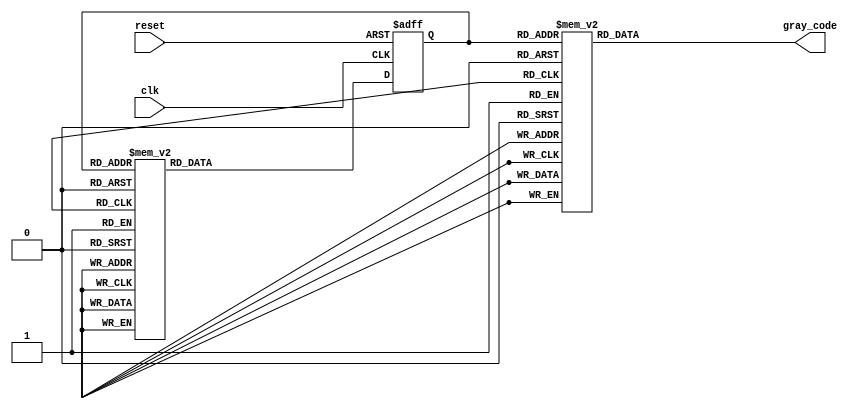
module JohnsonGrayCounter (
    input wire clk,
    input wire reset,
    output reg [3:0] gray_code
);

reg [3:0] state;

always @(posedge clk or posedge reset) begin
    if (reset)
        state <= 4'b0000;
    else begin
        case (state)
            4'b0000: state <= 4'b0001;
            4'b0001: state <= 4'b0011;
            4'b0011: state <= 4'b0010;
            4'b0010: state <= 4'b0110;
            4'b0110: state <= 4'b0111;
            4'b0111: state <= 4'b0101;
            4'b0101: state <= 4'b0100;
            4'b0100: state <= 4'b1100;
            4'b1100: state <= 4'b1101;
            4'b1101: state <= 4'b1111;
            4'b1111: state <= 4'b1110;
            4'b1110: state <= 4'b1010;
            4'b1010: state <= 4'b1011;
            4'b1011: state <= 4'b1001;
            4'b1001: state <= 4'b1000;
            4'b1000: state <= 4'b0000;
            default: state <= 4'b0000;
        endcase
    end
end

always @* begin
    case (state)
        4'b0000: gray_code = 4'b0000;
        4'b0001: gray_code = 4'b0001;
        4'b0011: gray_code = 4'b0011;
        4'b0010: gray_code = 4'b0010;
        4'b0110: gray_code = 4'b0110;
        4'b0111: gray_code = 4'b0111;
        4'b0101: gray_code = 4'b0101;
        4'b0100: gray_code = 4'b0100;
        4'b1100: gray_code = 4'b1100;
        4'b1101: gray_code = 4'b1101;
        4'b1111: gray_code = 4'b1111;
        4'b1110: gray_code = 4'b1110;
        4'b1010: gray_code = 4'b1010;
        4'b1011: gray_code = 4'b1011;
        4'b1001: gray_code = 4'b1001;
        4'b1000: gray_code = 4'b1000;
        default: gray_code = 4'b0000;
    endcase
end

endmodule